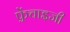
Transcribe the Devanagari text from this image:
फ़्रेंचाइजी